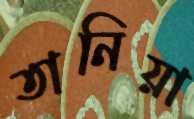
তানিয়া